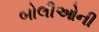
બોલીઓની